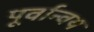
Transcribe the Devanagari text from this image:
पूर्वान्वय